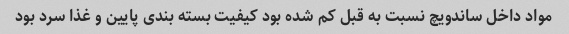
مواد داخل ساندویچ نسبت به قبل کم شده بود کیفیت بسته بندی پایین و غذا سرد بود